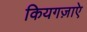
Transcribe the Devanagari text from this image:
कियगज़ाएे